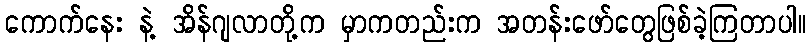
ကောက်နေး နဲ့ အိန်ဂျလာတို့က မှာကတည်းက အတန်းဖော်တွေဖြစ်ခဲ့ကြတာပါ။